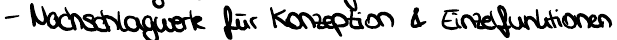
- Nachschlagwerk für Konzeption & Einzelfunktionen